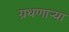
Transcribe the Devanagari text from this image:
ग्रथणाऱ्या